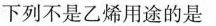
下列不是乙烯用途的是